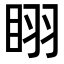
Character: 𭾲